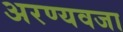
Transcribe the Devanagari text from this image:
अरण्यवजा